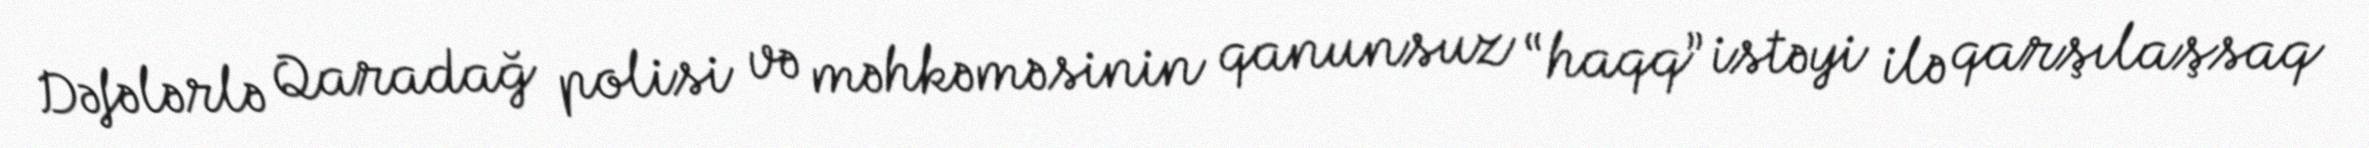
Dəfələrlə Qaradağ polisi və məhkəməsinin qanunsuz “haqq” istəyi ilə qarşılaşsaq